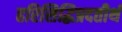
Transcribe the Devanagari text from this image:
हरिसिद्धिप्रदतीर्थ